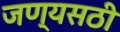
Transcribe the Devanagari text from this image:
जण्यसठी